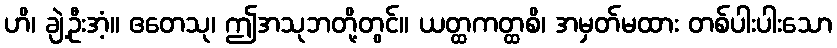
ဟိ၊ ချဲ့ဦးအံ့။ ဧတေသု၊ ဤအသုဘတို့တွင်။ ယတ္ထကတ္ထစိ၊ အမှတ်မထား တစ်ပါးပါးသော